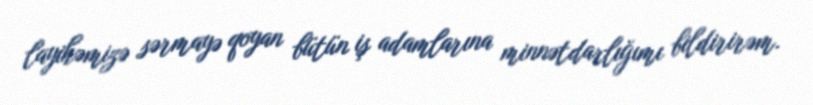
layihəmizə sərmayə qoyan bütün iş adamlarına minnətdarlığımı bildirirəm.